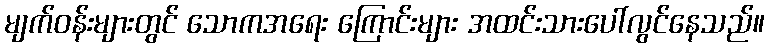
မျက်ဝန်းများတွင် သောကအရေး ကြောင်းများ အထင်းသားပေါ်လွင်နေသည်။